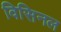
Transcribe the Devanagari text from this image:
विसिनल